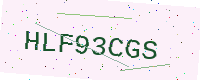
Text: HLF93CGS